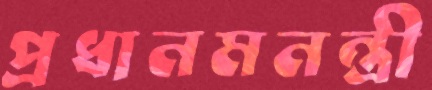
প্রধানমনন্ত্রী